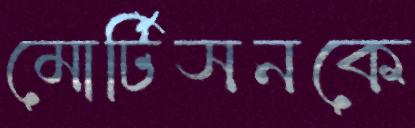
মোর্টিসনকে